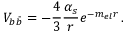
{ V _ { b \bar { b } } } = - { \frac { 4 } { 3 } } { \frac { \alpha _ { s } } { r } } e ^ { - m _ { e l } r } \, .